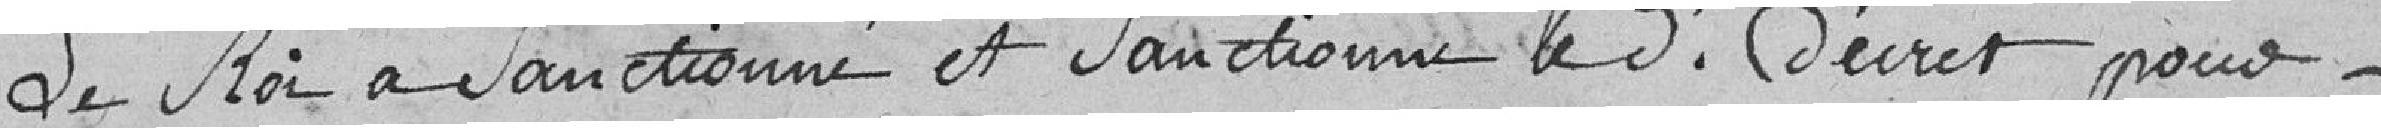
Le Roi a sanctionné et sanctionne le dit décret pour